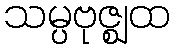
သမ္ပဗုဇ္ဈထ